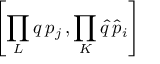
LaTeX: \left[ \prod _ { L } q \, p _ { j } \, , \prod _ { K } \hat { q } \, \hat { p } _ { i } \right]